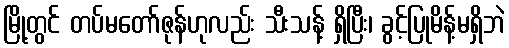
မြို့တွင် တပ်မတော်ဇုန်ဟုလည်း သီးသန့် ရှိပြီး၊ ခွင့်ပြုမိန့်မရှိဘဲ